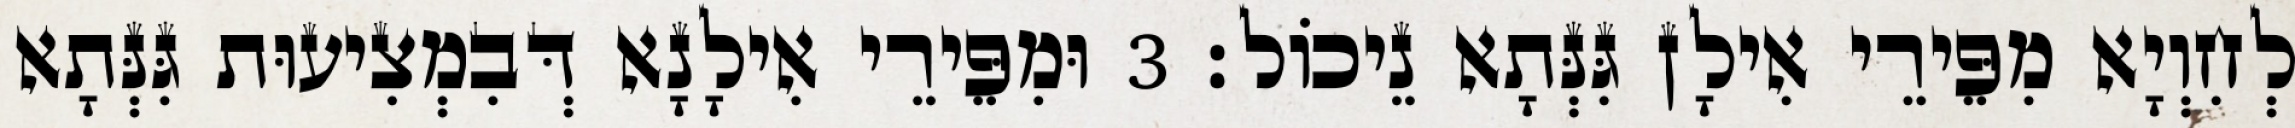
לְחִוְיָא מִפֵּירֵי אִילָן גִּנְּתָא נֵיכוֹל׃ 3 וּמִפֵּירֵי אִילָנָא דְּבִמְצִיעוּת גִּנְּתָא